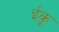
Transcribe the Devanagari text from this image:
ईकू